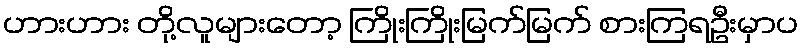
ဟားဟား တို့လူများတော့ ကြိုးကြိုးမြက်မြက် စားကြရဦးမှာပ